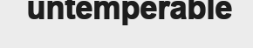
untemperable